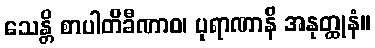
သေန္တိ စာပါတိခီဏာဝ၊ ပုရာဏာနိ အနုတ္ထုနံ။